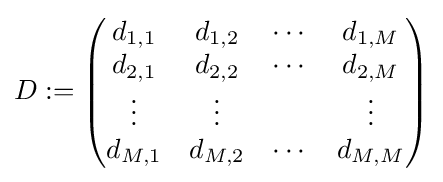
D:={\begin{pmatrix}d_{1,1}&d_{1,2}&\cdots &d_{1,M}\\d_{2,1}&d_{2,2}&\cdots &d_{2,M}\\\vdots &\vdots &&\vdots \\d_{M,1}&d_{M,2}&\cdots &d_{M,M}\end{pmatrix}}